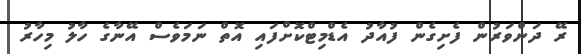
ރޭ ދަންވަރުން ފެށިގެން ފުއާދު އެޑްމިޓްކޮށްފައި އޮތް ނަމަވެސް އޭނާގެ ހާލު މިހާރު